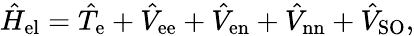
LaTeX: \hat{H}_{\mathrm{el}}=\hat{T}_{\mathrm{e}}+\hat{V}_{\mathrm{ee}}+\hat{V}_{\mathrm{en}}+\hat{V}_{\mathrm{nn}}+\hat{V}_{\mathrm{SO}},